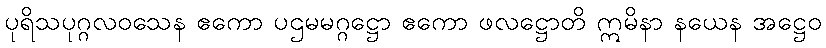
ပုရိသပုဂ္ဂလဝသေန ဧကော ပဌမမဂ္ဂဋ္ဌော ဧကော ဖလဋ္ဌောတိ ဣမိနာ နယေန အဋ္ဌေဝ